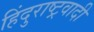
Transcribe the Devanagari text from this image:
हिंदुराष्ट्रवादी